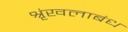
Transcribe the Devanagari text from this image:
श्रृंखलाबंध